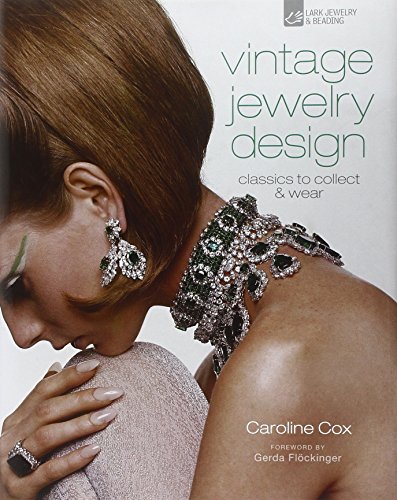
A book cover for Vintage Jewelry Design: Classics to Collect & Wear (Vintage Fashion Series); Caroline Cox; Crafts, Hobbies & Home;